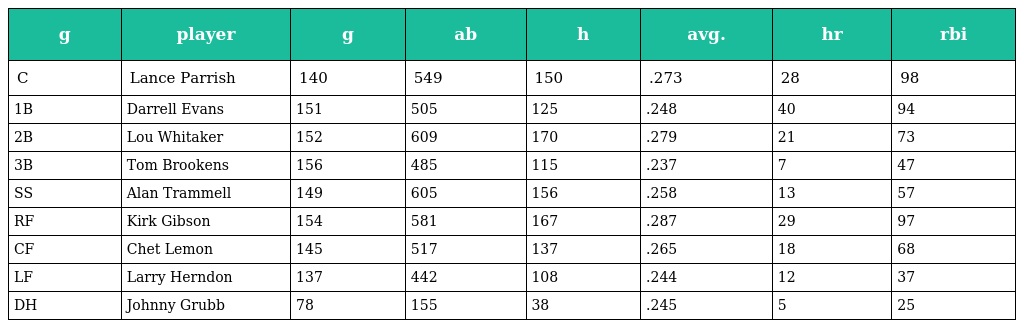
| g | player | g | ab | h | avg. | hr | rbi |
 | --- | --- | --- | --- | --- | --- | --- | --- |
 | C | Lance Parrish | 140 | 549 | 150 | .273 | 28 | 98 |
 | 1B | Darrell Evans | 151 | 505 | 125 | .248 | 40 | 94 |
 | 2B | Lou Whitaker | 152 | 609 | 170 | .279 | 21 | 73 |
 | 3B | Tom Brookens | 156 | 485 | 115 | .237 | 7 | 47 |
 | SS | Alan Trammell | 149 | 605 | 156 | .258 | 13 | 57 |
 | RF | Kirk Gibson | 154 | 581 | 167 | .287 | 29 | 97 |
 | CF | Chet Lemon | 145 | 517 | 137 | .265 | 18 | 68 |
 | LF | Larry Herndon | 137 | 442 | 108 | .244 | 12 | 37 |
 | DH | Johnny Grubb | 78 | 155 | 38 | .245 | 5 | 25 |